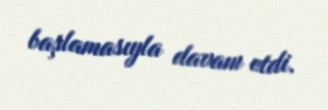
başlamasıyla davam etdi.